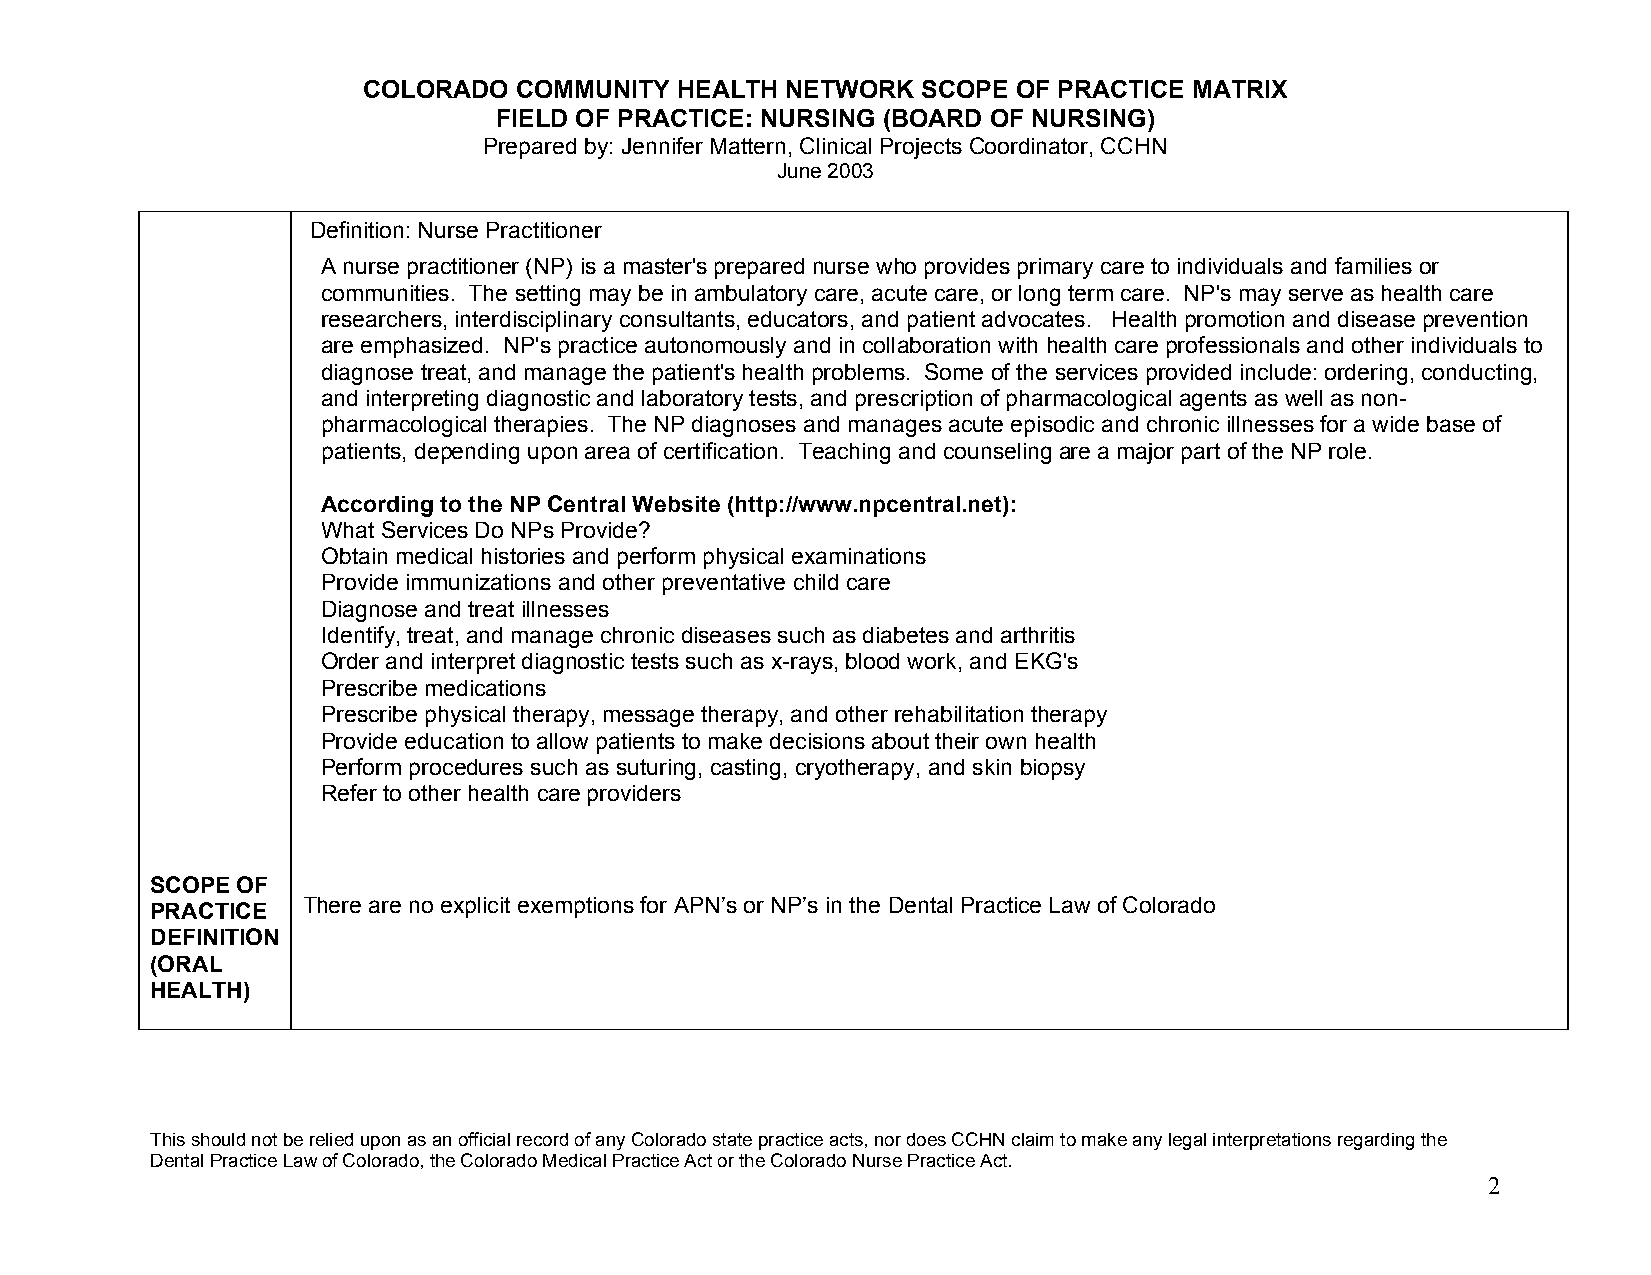
COLORADO  COMMUNITY  HEALTH NETWORK  SCOPE OF PRACTICE MATRIX
 FIELD OF PRACTICE: NURSING (BOARD OF NURSING)
 Prepared by: Jennifer Mattern, Clinical Projects Coordinator, CCHN
 June 2003
 Definition: Nurse Practitioner
 A nurse practitioner (NP) is a master's prepared nurse who provides primary care to individuals and families or
 communities. The setting may be in ambulatory care, acute care, or long term care. NP's may serve as health care
 researchers, interdisciplinary consultants, educators, and patient advocates. Health promotion and disease prevention
 are emphasized. NP's practice autonomously and in collaboration with health care professionals and other individuals to
 diagnose treat, and manage the patient's health problems. Some of the services provided include: ordering, conducting,
 and interpreting diagnostic and laboratory tests, and prescription of pharmacological agents as well as non-
 pharmacological therapies. The NP diagnoses and manages acute episodic and chronic illnesses for a wide base of
 patients, depending upon area of certification. Teaching and counseling are a major part of the NP role.
 According to the NP Central Website (http://www.npcentral.net):
 What Services Do NPs Provide?
 Obtain medical histories and perform physical examinations
 Provide immunizations and other preventative child care
 Diagnose and treat illnesses
 Identify, treat, and manage chronic diseases such as diabetes and arthritis
 Order and interpret diagnostic tests such as x-rays, blood work, and EKG's
 Prescribe medications
 Prescribe physical therapy, message therapy, and other rehabilitation therapy
 Provide education to allow patients to make decisions about their own health
 Perform procedures such as suturing, casting, cryotherapy, and skin biopsy
 Refer to other health care providers
 SCOPE OF
 There are no explicit exemptions for APN’s or NP’s in the Dental Practice Law of Colorado
 PRACTICE
 DEFINITION
 (ORAL
 HEALTH)
 This should not be relied upon as an official record of any Colorado state practice acts, nor does CCHN claim to make any legal interpretations regarding the
 Dental Practice Law of Colorado, the Colorado Medical Practice Act or the Colorado Nurse Practice Act.
 2